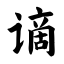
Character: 谪